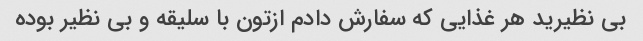
بی نظیرید هر غذایی که سفارش دادم ازتون با سلیقه و بی نظیر بوده